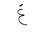
Letter: _gayn